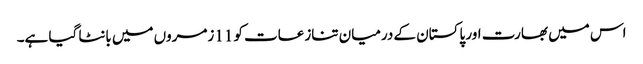
اس میں بھارت اور پاکستان کے درمیان تنازعات کو 11زمروں میں بانٹا گیا ہے۔